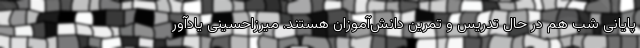
پایانی شب هم در حال تدریس و تمرین دانش‌آموزان هستند. میرزاحسینی یادآور